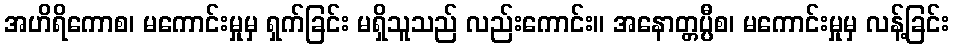
အဟိရိကောစ၊ မကောင်းမှုမှ ရှက်ခြင်း မရှိသူသည် လည်းကောင်း။ အနောတ္တပ္ပီစ၊ မကောင်းမှုမှ လန့်ခြင်း